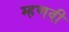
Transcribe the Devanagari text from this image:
म्हणवी